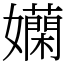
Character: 𡤄